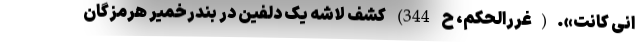
انی کانت».(غررالحکم، ح 344) کشف لاشه یک دلفین در بندرخمیر هرمزگان